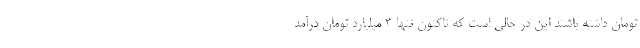
تومان داشته باشند این در حالی است که تاکنون تنها ۳ میلیارد تومان درآمد